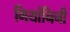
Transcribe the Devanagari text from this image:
गियांनिनी